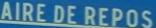
AIRE DE REPOS